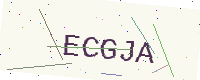
Text: ECGJA